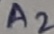
Text: A2